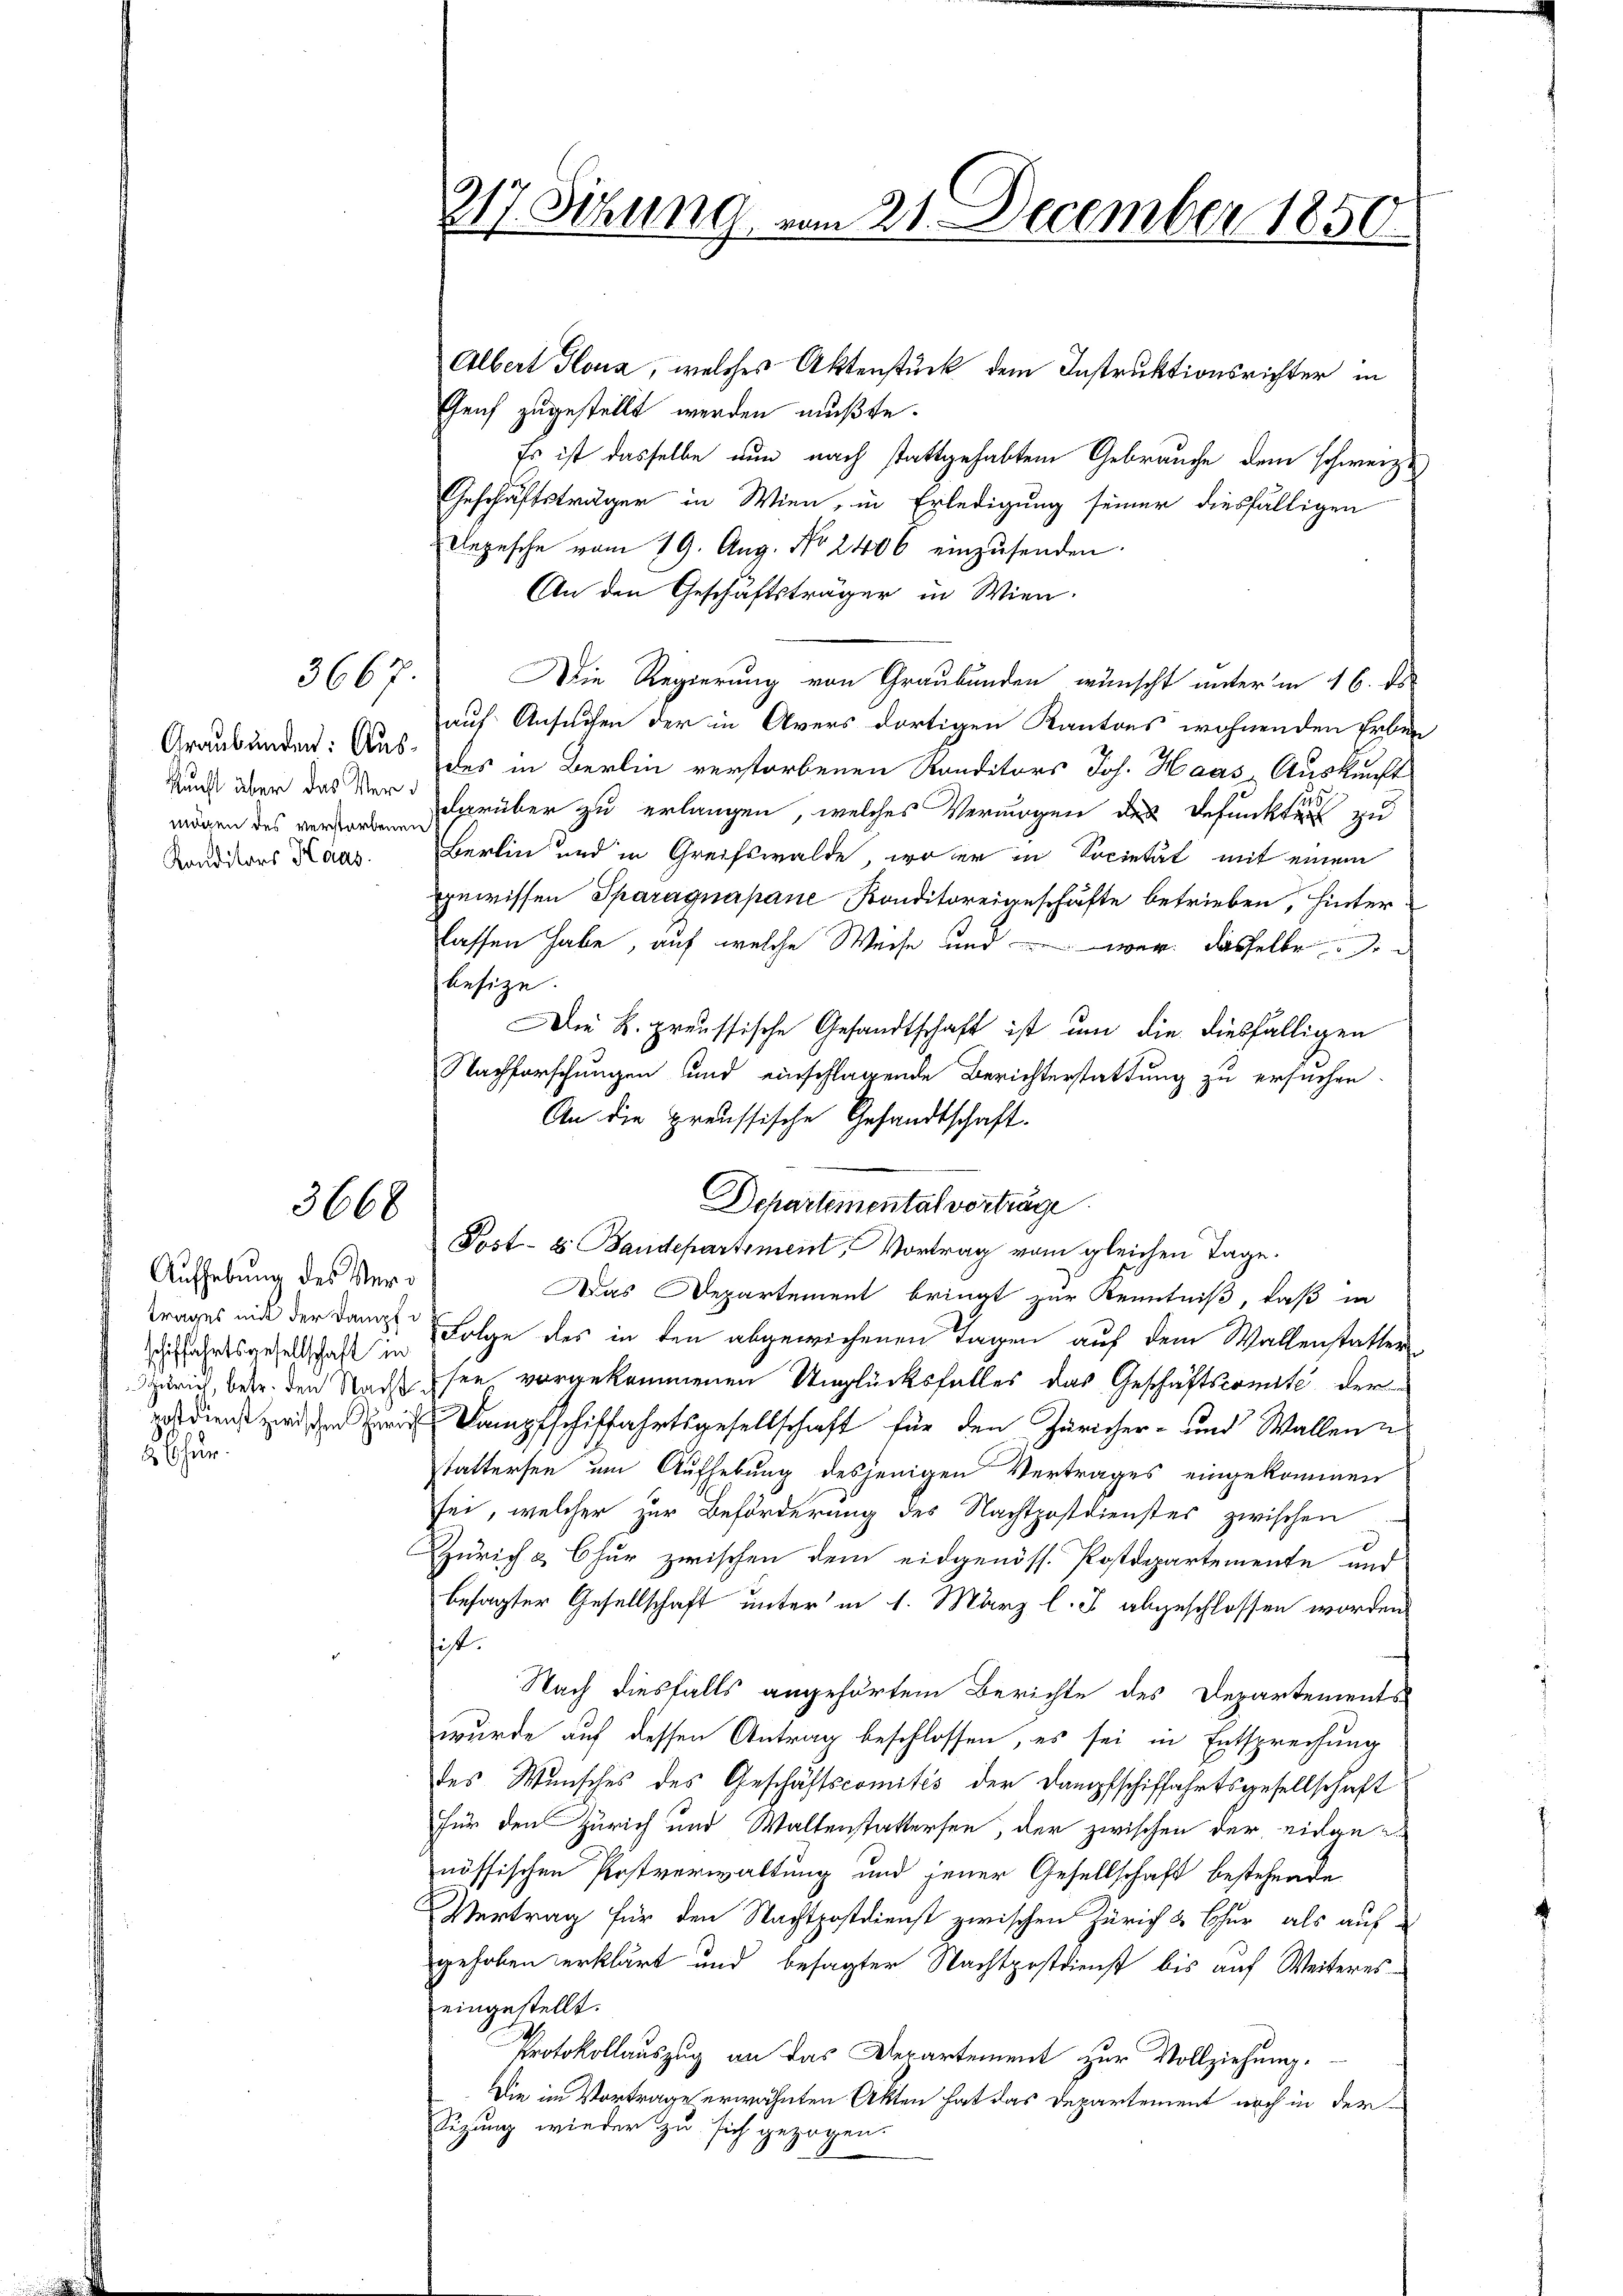
Graubünden: Auskunft über das Vermögen des verstorbenen
Konditors Haas

3667.

3668

Aufhebung des Vertrages mit der Dampfschiffahrtsgesellschaft in
Zürich, betr. den Nacht
rostdienst zwischen Zürich
hur.

217. Sizung vom 21. December 1850.

Departemental vorträge.
Post- & Baudepartement, Vortrag vom gleichen Tage.

Albert Plouz, welches Aktenstück dem Instruktionsrichter in
Genf zugestellt werden mußte.
Es ist dasselbe nun nach stattgehabtem Gebrauche dem schweize
Geschäftsträger in Wien, in Erledigung seiner diesfälligen
Depesche vom 19. Aug. No 2406 einzusenden.
An den Geschäftsträger in Wien.
Die Regierung von Graubünden wünscht unter in 16. ds
auf Ansuchen der in Avers dortigen Kantons wohnenden Erben
des in Berlin verstorbenen Randitors Joh. Haas Auskunft
darüber zu erlangen, welches Vermögen des Befunkten zu
Berlin und in Greifswalde, wo er in Societät mit einem
gewissen Sparaguapane Konditoreigeschäfte betrieben, hinter
lassen habe, auf welche Weise und war dasselbe i
besize.
Die K. preussische Gesandtschaft ist um die diesfälligen
Nachforschungen und einschlagende Berichterstattung zu ersuchen.
An die preussische Gesandtschaft.
Das Departement bringt zur Kenntniß, daß in
Folge des in den abgewichenen Tagen auf dem Wallenstatter
see vorgekommenen Unglücksfalles das Geschäftscomité der
Dampfschiffahrtsgesellschaft für den Züricher- und Wallen
tattersen um Aufhebung desjenigen Vertrages eingekommen
sei, welcher zur Beförderung des Nachtpostdienstes zwischen
Zürich & Chur zwischen dem eidgenöss. Postdepartemente und
besagter Gesellschaft unter in 1. März l. Js. abgeschlossen worden
hist.
Nach diesfalls angehörtem Berichte des Departements-
wurde auf dessen Antrag beschlossen, es sei in Entsprechung
des Wunsches des Geschäftscomités der Dampfschiffahrtsgesellschaft
für den Zürich und Waltenstattersen, der zwischen der eidgenössischen Postverwaltung und jener Gesellschaft bestehende
Vertrag für den Nachtpostdienst zwischen Zürich & Chur als auf-
gehoben erklärt und besagter Nachtpostdienst bis auf Weitereseingestellt.
Protokollauszug an das Departement zur Vollziehung.
Die im Vortrage erwähnten Akten hat das Departement noch in der
Sizung wieder zu sich gezogen.